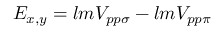
E _ { x , y } = l m V _ { p p \sigma } - l m V _ { p p \pi }